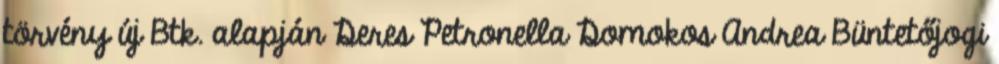
törvény új Btk. alapján Deres Petronella Domokos Andrea Büntetőjogi